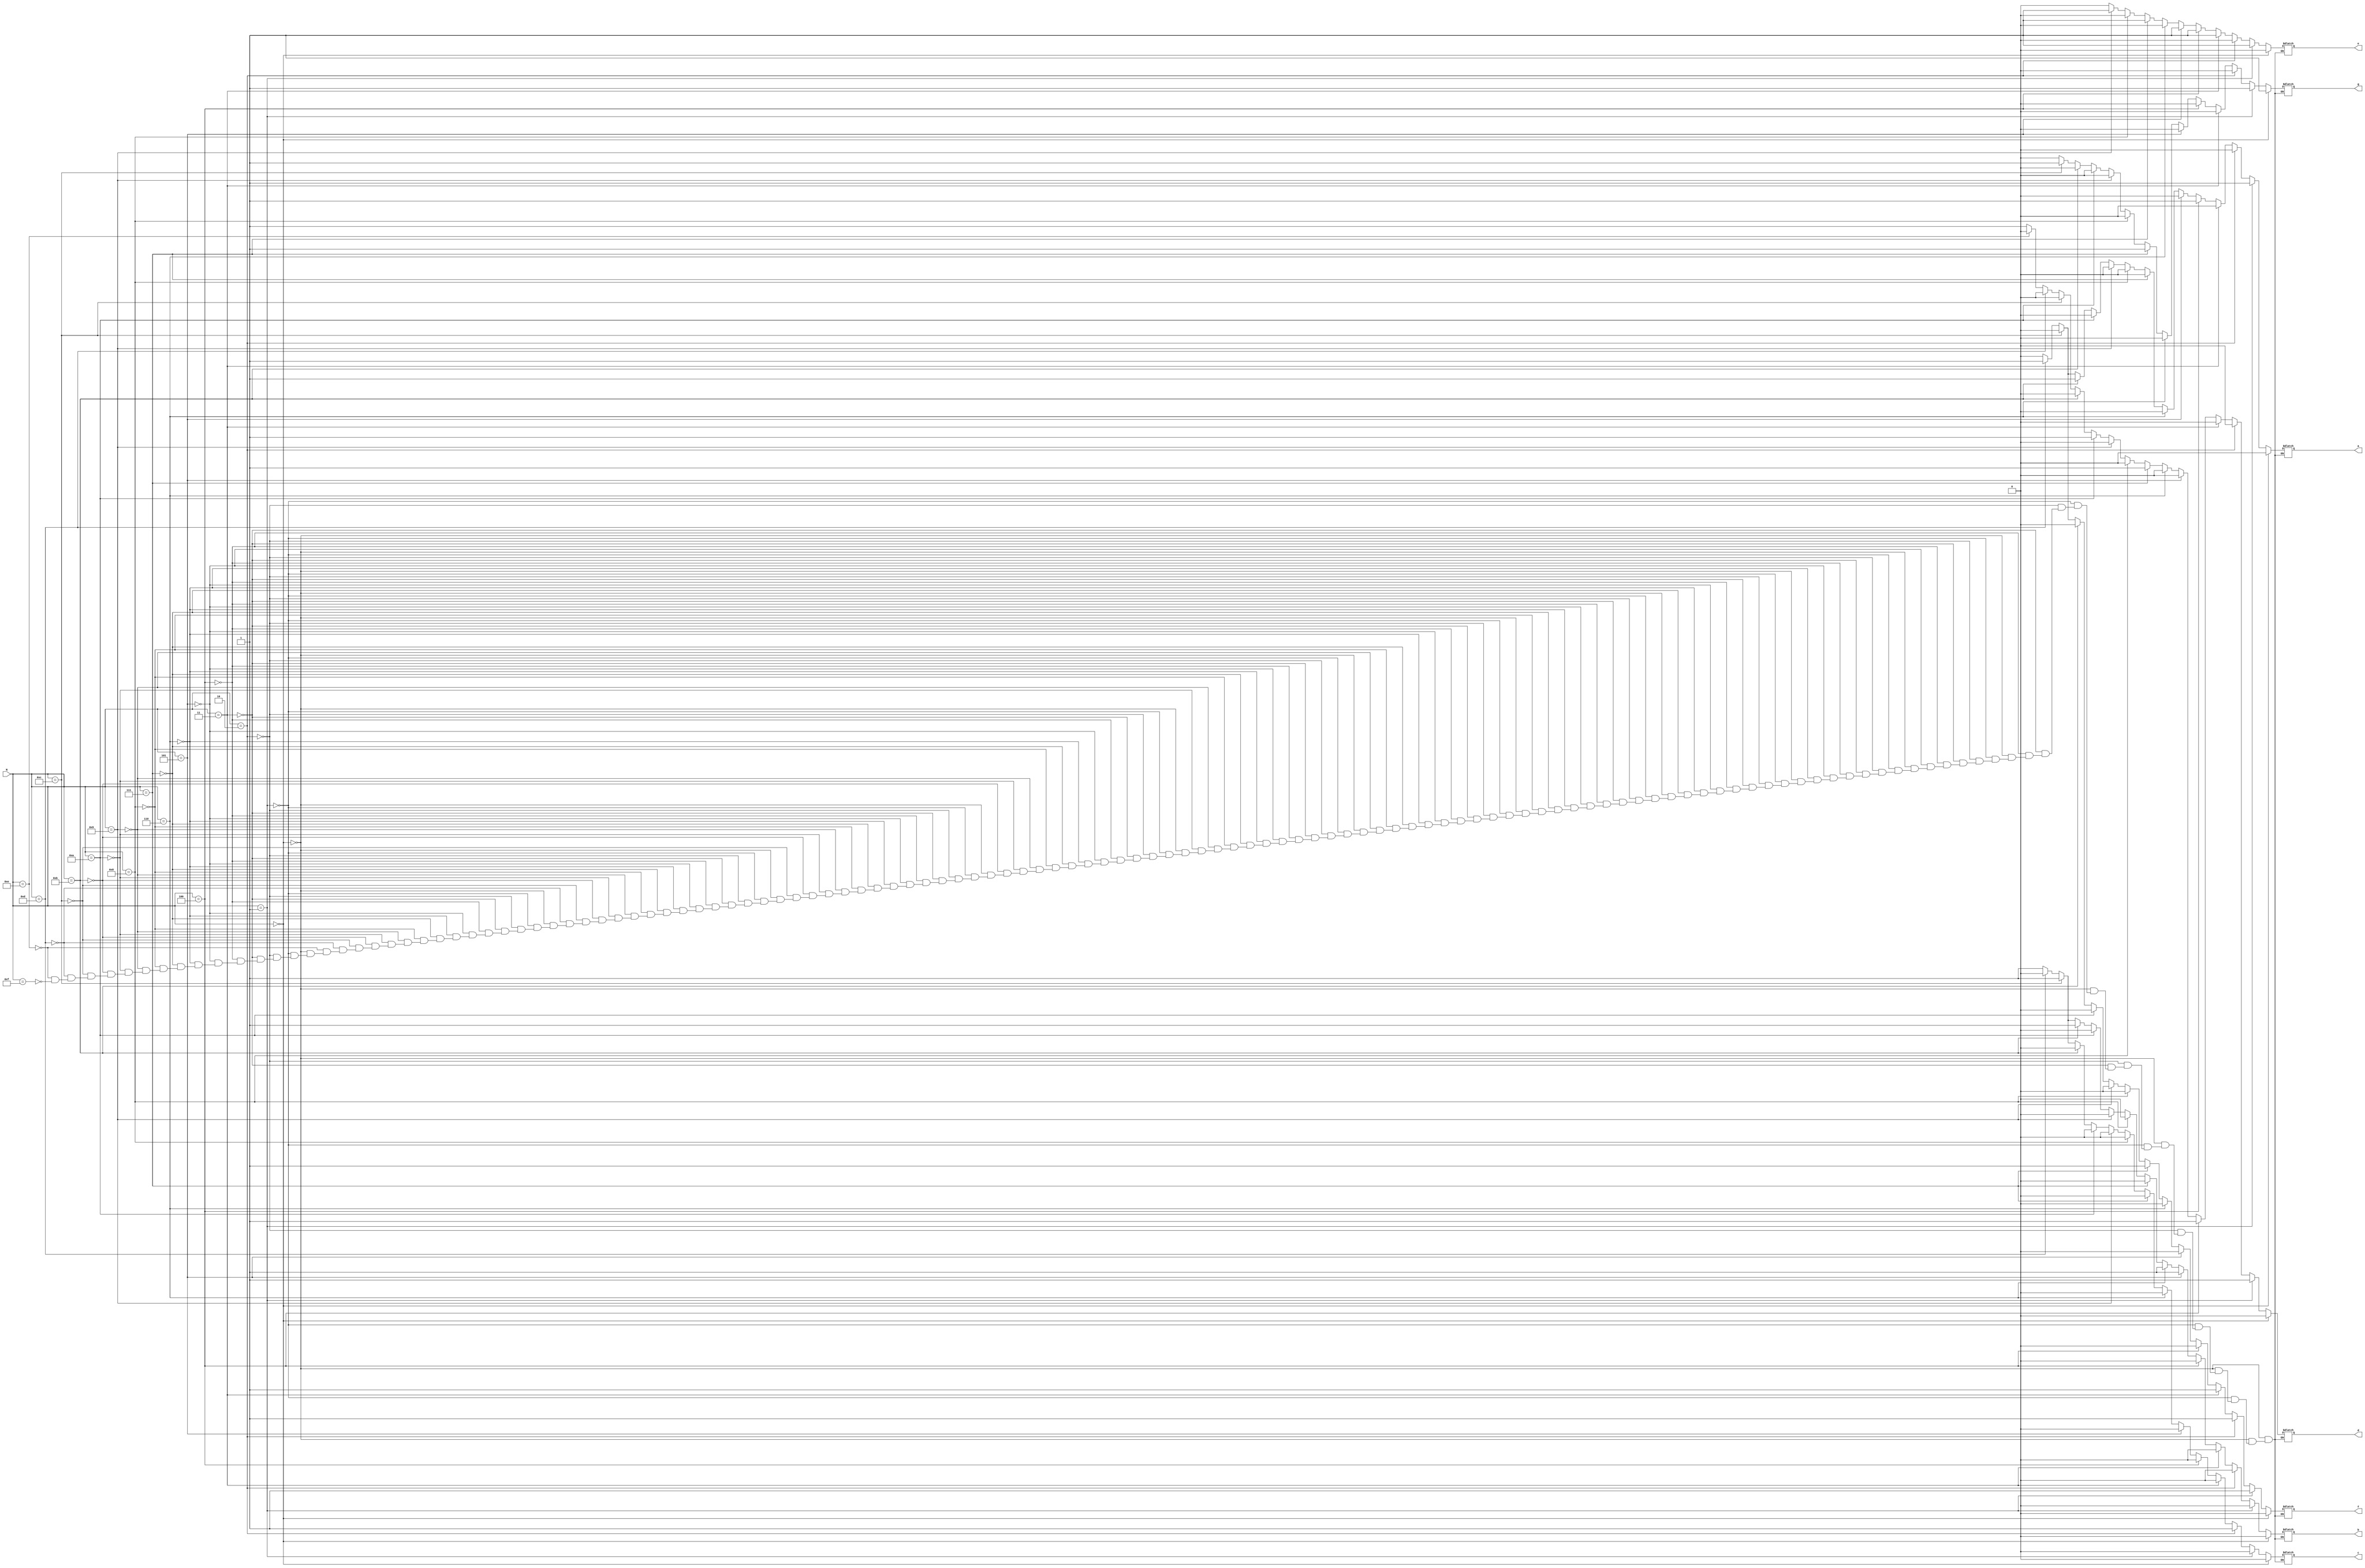
`timescale 1ns / 1ps

module seg7(N, a, b, c, d, e, f, g);
	input [3:0] N;
	output reg a, b, c, d, e, f, g;
	always @(N) begin
		if (N == 0) begin
			a = 0; b = 0; c = 0; d = 0; e = 0; f = 0; g = 1; // Output 0
		end
		else if (N == 1) begin
			a = 1; b = 0; c = 0; d = 1; e = 1; f = 1; g = 1; // Output 1
		end
		else if (N == 2) begin
			a = 0; b = 0; c = 1; d = 0; e = 0; f = 1; g = 0; // Output 2
		end
		else if (N == 3) begin
			a = 0; b = 0; c = 0; d = 0; e = 1; f = 1; g = 0; // Output 3
		end
		else if (N == 4) begin
			a = 1; b = 0; c = 0; d = 1; e = 1; f = 0; g = 0; // Output 4
		end
		else if (N == 5) begin
			a = 0; b = 1; c = 0; d = 0; e = 1; f = 0; g = 0; // Output 5
		end
		else if (N == 6) begin
			a = 0; b = 1; c = 0; d = 0; e = 0; f = 0; g = 0; // Output 6
		end
		else if (N == 7) begin
			a = 0; b = 0; c = 0; d = 1; e = 1; f = 1; g = 1; // Output 7
		end
		else if (N == 8) begin
			a = 0; b = 0; c = 0; d = 0; e = 0; f = 0; g = 0; // Output 8
		end
		else if (N == 9) begin
			a = 0; b = 0; c = 0; d = 0; e = 1; f = 0; g = 0; // Output 9
		end
		else if (N == 10) begin
			a = 0; b = 0; c = 0; d = 1; e = 0; f = 0; g = 0; // Output A
		end
		else if (N == 11) begin
			a = 1; b = 1; c = 0; d = 0; e = 0; f = 0; g = 0; // Output b
		end
		else if (N == 12) begin
			a = 0; b = 1; c = 1; d = 0; e = 0; f = 0; g = 1; // Output C
		end
		else if (N == 13) begin
			a = 1; b = 0; c = 0; d = 0; e = 0; f = 1; g = 0; // Output d
		end
		else if (N == 14) begin
			a = 0; b = 1; c = 1; d = 0; e = 0; f = 0; g = 0; // Output E
		end
		else if (N == 15) begin
			a = 0; b = 1; c = 1; d = 1; e = 0; f = 0; g = 0; // Output F
		end
	end
endmodule